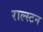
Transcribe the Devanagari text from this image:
राल्स्टन